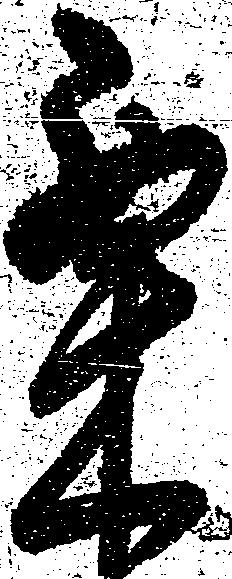
粟